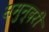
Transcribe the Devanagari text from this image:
समुन्दरी